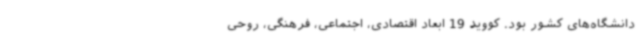
دانشگاه‌های کشور بود. کووید 19 ابعاد اقتصادی، اجتماعی، فرهنگی، روحی